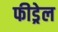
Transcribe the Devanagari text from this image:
फीड्रेल